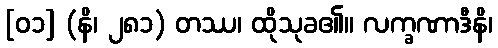
[၀၁] (နိ၊ ၂၈၁) တဿ၊ ထိုသုခ၏။ လက္ခဏာဒီနိ၊